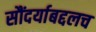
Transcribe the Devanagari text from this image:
सौंदर्याबद्दलच